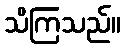
သိကြသည်။